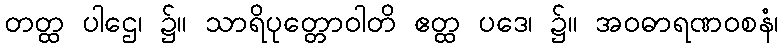
တတ္ထ ပါဌေ၊ ၌။ သာရိပုတ္တောဝါတိ ဧတ္ထ ပဒေ၊ ၌။ အဝဓာရဏဝစနံ၊